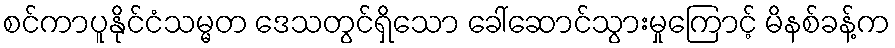
စင်ကာပူနိုင်ငံသမ္မတ ဒေသတွင်ရှိသော ခေါ်ဆောင်သွားမှုကြောင့် မိနစ်ခန့်က